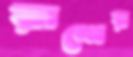
রাশের